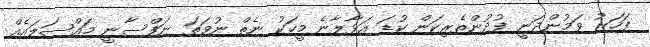
ފަހަރު ވަމުންދަނީ ފުދުންތެރިކަން ކުޑަ އަޅާލާނެ މީހަކު ނެތް ނުވަތަ ނަފްސާނީ މައްސަލައެއް